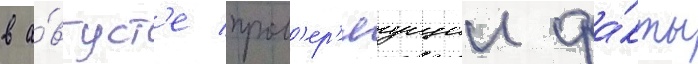
в а́вгуст'е пров'ер'яущии фа́кты